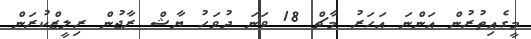
މީގެއިތުރުން އަންނަ އަހަރު މާޗް 18 ވަނަ ދުވަހު ޔާޝް ރާޖުން ރިލީޒްކުރަން